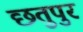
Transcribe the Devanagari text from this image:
छतुपुर